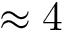
\approx 4